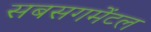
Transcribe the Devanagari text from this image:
सबसगमेंटल